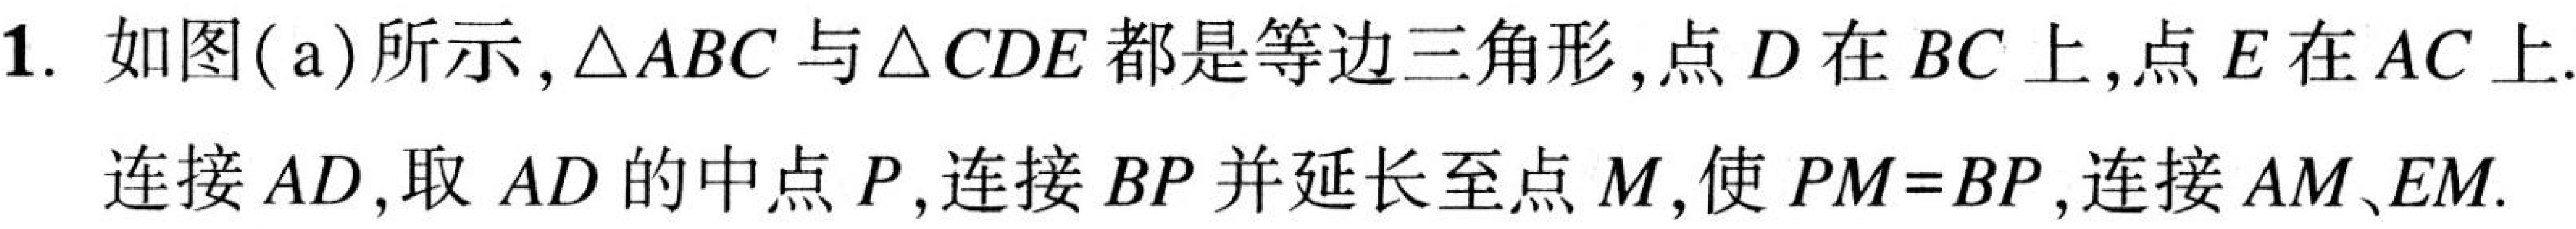
1. 如图(a)所示,\(\triangle ABC\)与\(\triangle CDE\)都是等边三角形,点\(D\)在\(BC\)上,点\(E\)在\(AC\)上.
连接\(AD\),取\(AD\)的中点\(P\),连接\(BP\)并延长至点\(M\),使\(PM = BP\),连接\(AM、EM\).